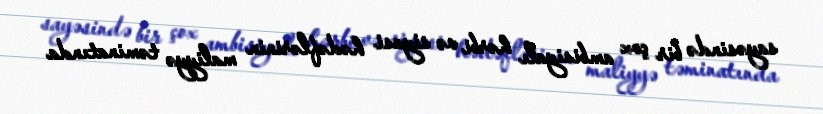
sayəsində bir çox ambisiyalı hərbi və siyasi hədəflərinin maliyyə təminatında